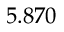
5 . 8 7 0